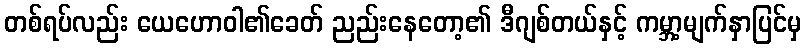
တစ်ရပ်လည်း ယေဟောဝါ၏ခေတ် ညည်းနေတော့၏ ဒီဂျစ်တယ်နှင့် ကမ္ဘာ့မျက်နှာပြင်မှ